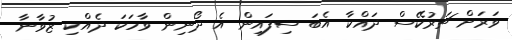
ވަރަށް ޗަރުކޭސް ދައްކާ އެބަ ސިފައިން އެ ދޯނިން ވާހަކަ ދެއްކި ޒުވާނާ